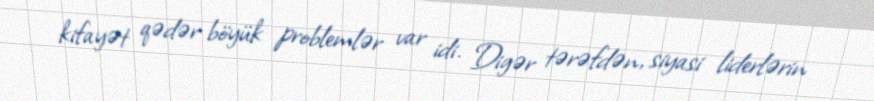
kifayət qədər böyük problemlər var idi. Digər tərəfdən, siyasi liderlərin